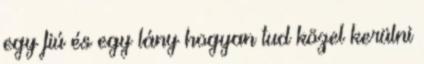
egy fiú és egy lány hogyan tud közel kerülni